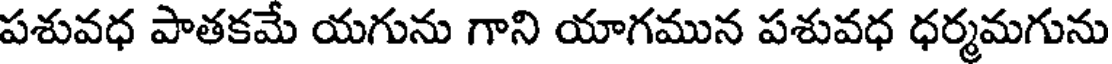
పశువధ పాతకమే యగును గాని యాగమున పశువధ ధర్మమగును